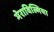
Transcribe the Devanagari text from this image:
मेराविल्गिया